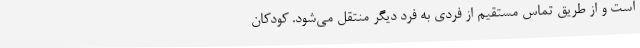
است و از طریق تماس مستقیم از فردی به فرد دیگر منتقل می‌شود. کودکان